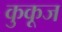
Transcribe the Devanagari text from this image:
कुकूज